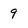
Character: 9